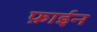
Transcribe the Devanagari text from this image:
फ़ाईन